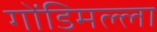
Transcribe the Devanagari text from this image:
गोंडिमल्ला